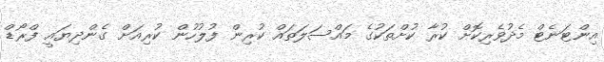
އިންޓަނެޓް މެދުވެރިކޮށް ކުރާ ކުށްތަކުގެ މައްސަލަތައް ކުރިން ފުލުހުން ކުރިއަށް ގެންދިޔައީ ފްރޯޑް